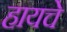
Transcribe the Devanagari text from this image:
हायचे